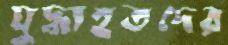
যুদ্ধাহতদের